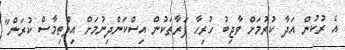
އެ ރުކުން އަދާ ކުރުމަށް ވާޖިބު ހުރިހާ ފަރާތަކުން އިސްކަންދިނުމަށް އިލްތިމާސް ކުރަން"